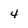
Character: 4